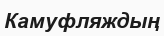
Камуфляждың